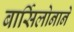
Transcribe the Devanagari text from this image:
बार्सिलोनाने